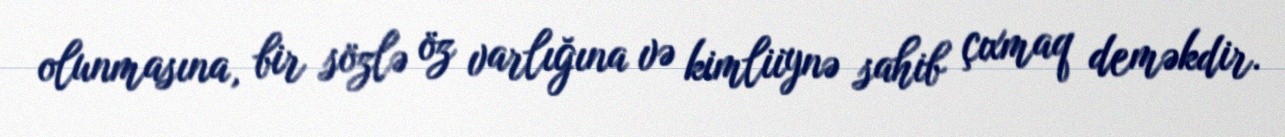
olunmasına, bir sözlə öz varlığına və kimliiynə sahib çıxmaq deməkdir.